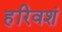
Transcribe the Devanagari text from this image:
हरिवशं